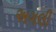
અગલી